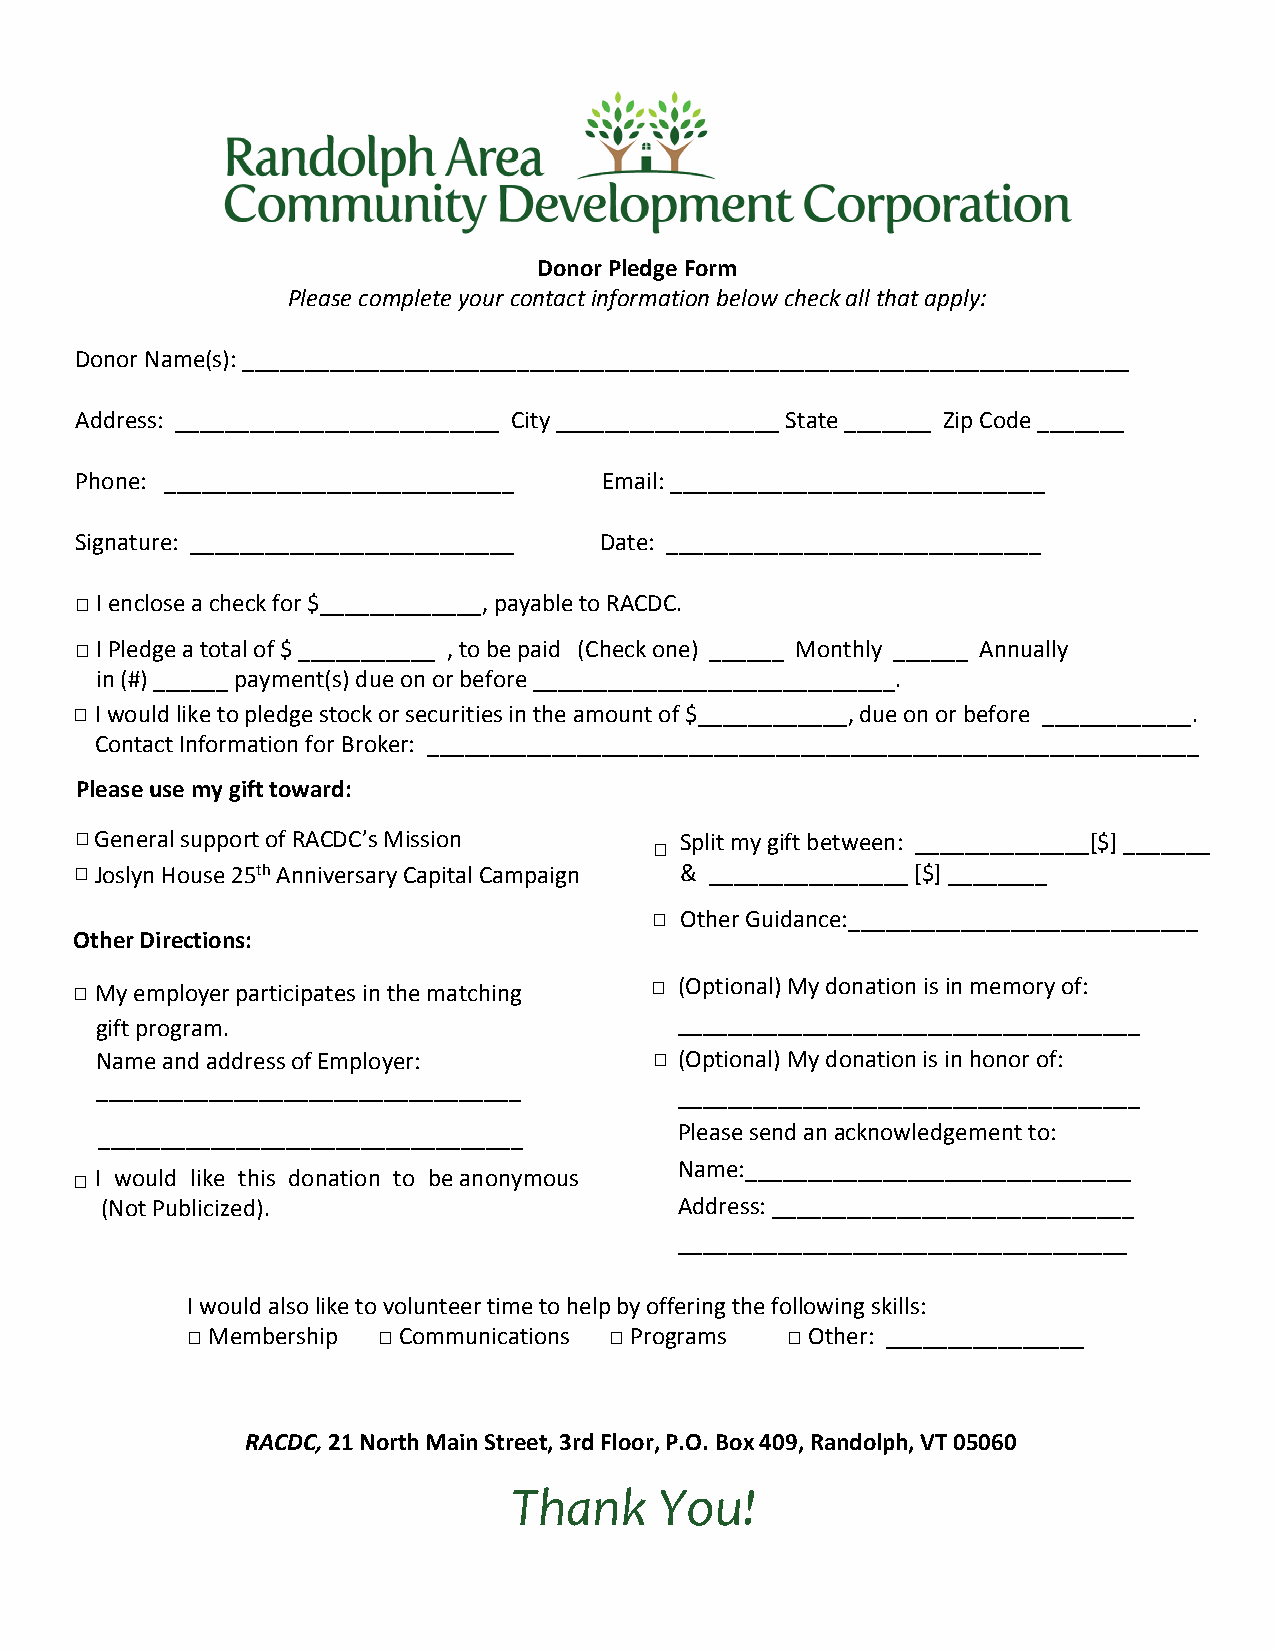
Donor Pledge Form
 Please complete your contact information below check all that apply:
 Donor Name(s): _______________________________________________________________________
 Address: __________________________ City __________________ State _______ Zip Code _______
 Phone: ____________________________ Email: ______________________________
 Signature: __________________________ Date: ______________________________
 □I enclose a check for $_____________, payable to RACDC.
 □I Pledge a total of $ ___________ , to be paid (Check one) ______ Monthly ______ Annually
 in (#) ______ payment(s) due on or before _____________________________.
 □I would like to pledge stock or securities in the amount of $____________, due on or before ____________.
 Contact Information for Broker: ______________________________________________________________
 Please use my gift toward:
 □General support of RACDC’s Mission     Split my gift between: ______________[$] _______
 □
 □Joslyn House 25th Anniversary Capital Campaign & ________________ [$] ________
 □ Other Guidance:____________________________
 Other Directions:
 □ My employer participates in the matching □ (Optional) My donation is in memory of:
 gift program.                          _____________________________________
 Name and address of Employer:        □ (Optional) My donation is in honor of:
 __________________________________
 _____________________________________
 __________________________________    Please send an acknowledgement to:
 Name:_______________________________
 □ I would like this donation to be anonymous
 (Not Publicized).                     Address: _____________________________
 ____________________________________
 I would also like to volunteer time to help by offering the following skills:
 □Membership  □ Communications □ Programs □Other: ________________
 RACDC, 21 North Main Street, 3rd Floor, P.O. Box 409, Randolph, VT 05060
 Thank     You!